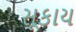
સૂકાય